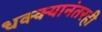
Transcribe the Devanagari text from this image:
धक्क्यानंतरही